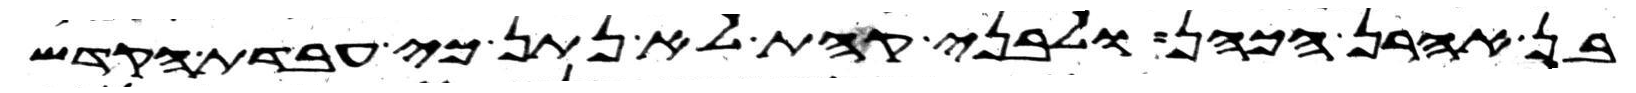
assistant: בן אהרן הכהן ולבני קהת לא נתן כי עבדת הקדש